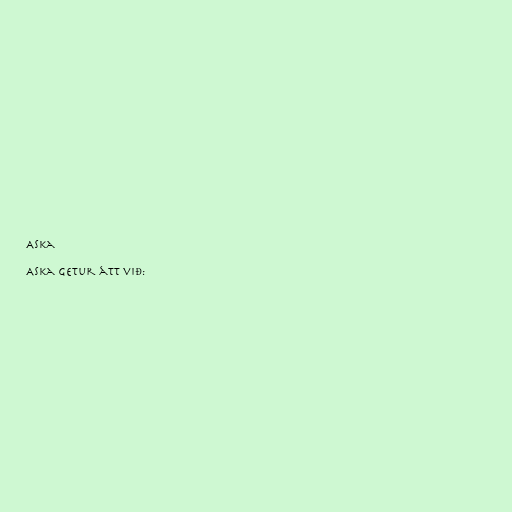
Aska

Aska getur átt við: